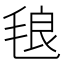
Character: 𭯙